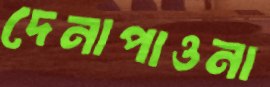
দেনাপাওনা